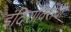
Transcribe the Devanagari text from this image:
इंदिराविरोधी